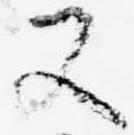
又